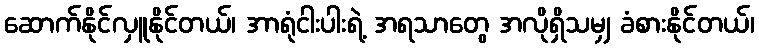
ဆောက်နိုင်လှူနိုင်တယ်၊ အာရုံငါးပါးရဲ့ အရသာတွေ အလိုရှိသမျှ ခံစားနိုင်တယ်၊